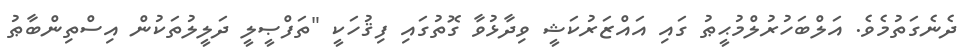
ދެނެގަތުމެވެ. އަލްބަހުރުލްމުޙީޠު ގައި އައްޒަރުކަޝީ ވިދާޅުވާ ގޮތުގައި ފިޤުހަކީ "ތަފްޞީލީ ދަލީލުތަކުން އިސްތިންބާޠު